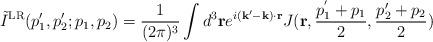
LaTeX: \begin{align*}\tilde{I}^{\rm LR} (p_1', p_2'; p_1,p_2) = {1\over (2 \pi)^3} \int d^3 {\bf r} e^{i ({\bf k}'- {\bf k})\cdot {\bf r}} J({\bf r}, { { p}^{'}_1+p_1 \over 2}, { p_2'+p_2 \over 2})\end{align*}